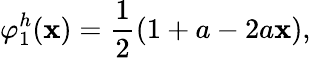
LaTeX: \varphi_{1}^{h}(\mathbf{x})={\frac{{1}}{{2}}}(1+a-2a\mathbf{x}),